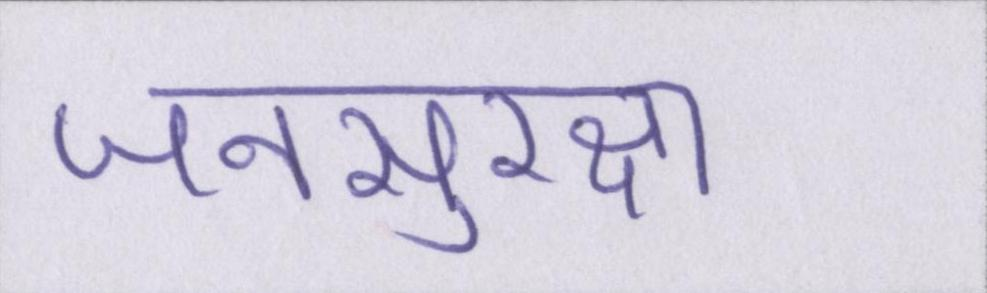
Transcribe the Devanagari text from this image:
जनसुरक्षा